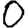
Digit: 0